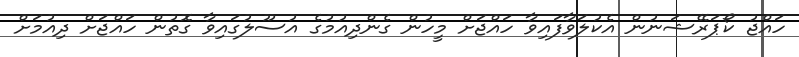
ހައްޖު ކޯޕަރޭޝަނުން އެކުލަވާފައިވާ ހައްޖަށް މީހުން ގެންދިއުމުގެ އުސޫލުގައިވާ ގޮތުން ހައްޖަށް ދިއުމަށް